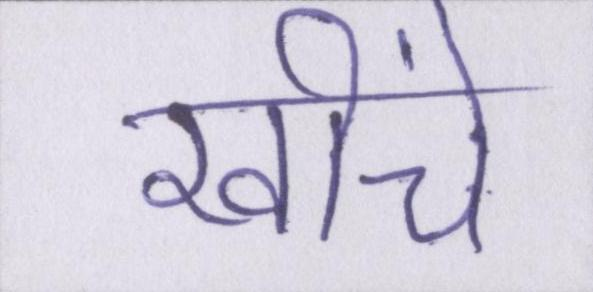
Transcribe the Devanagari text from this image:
खींचे